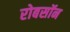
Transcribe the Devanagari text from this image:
रोबसॉन